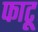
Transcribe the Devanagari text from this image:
फाटू